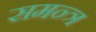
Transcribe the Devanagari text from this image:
समन्त्र